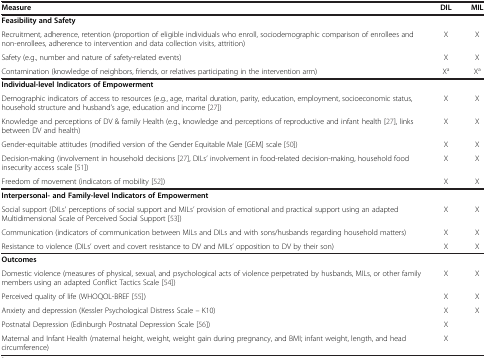
| Measure | DIL | MIL |
 | --- | --- | --- |
 | Feasibility and Safety |  |  |
 | Recruitment, adherence, retention (proportion of eligible individuals who enroll, sociodemographic comparison of enrollees and non-enrollees, adherence to intervention and data collection visits, attrition) | X | X |
 | Safety (e.g., number and nature of safety-related events) | X | X |
 | Contamination (knowledge of neighbors, friends, or relatives participating in the intervention arm) | Xa | Xa |
 | Individual-level Indicators of Empowerment |  |  |
 | Demographic indicators of access to resources (e.g., age, marital duration, parity, education, employment, socioeconomic status, household structure and husband’s age, education and income [27]) | X | X |
 | Knowledge and perceptions of DV & family Health (e.g., knowledge and perceptions of reproductive and infant health [27], links between DV and health) | X | X |
 | Gender-equitable attitudes (modified version of the Gender Equitable Male [GEM] scale [50]) | X | X |
 | Decision-making (involvement in household decisions [27], DILs’ involvement in food-related decision-making, household food insecurity access scale [51]) | X | X |
 | Freedom of movement (indicators of mobility [52]) | X | X |
 | Interpersonal- and Family-level Indicators of Empowerment |  |  |
 | Social support (DILs’ perceptions of social support and MILs’ provision of emotional and practical support using an adapted Multidimensional Scale of Perceived Social Support [53]) | X | X |
 | Communication (indicators of communication between MILs and DILs and with sons/husbands regarding household matters) | X | X |
 | Resistance to violence (DILs’ overt and covert resistance to DV and MILs’ opposition to DV by their son) | X | X |
 | Outcomes |  |  |
 | Domestic violence (measures of physical, sexual, and psychological acts of violence perpetrated by husbands, MILs, or other family members using an adapted Conflict Tactics Scale [54]) | X | X |
 | Perceived quality of life (WHOQOL-BREF [55]) | X | X |
 | Anxiety and depression (Kessler Psychological Distress Scale – K10) | X | X |
 | Postnatal Depression (Edinburgh Postnatal Depression Scale [56]) | X |  |
 | Maternal and Infant Health (maternal height, weight, weight gain during pregnancy, and BMI; infant weight, length, and head circumference) | X |  |